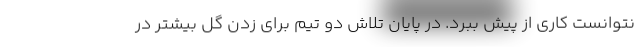
نتوانست کاری از پیش ببرد. در پایان تلاش دو تیم برای زدن گل بیشتر در